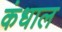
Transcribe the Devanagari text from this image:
कंधाल